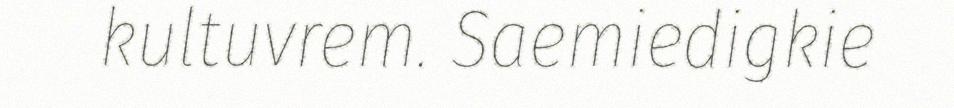
kultuvrem. Saemiedigkie